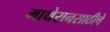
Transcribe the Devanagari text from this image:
माथेरानसाठीचे